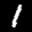
Label: 1